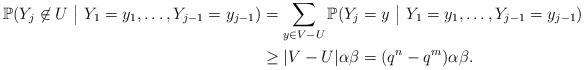
LaTeX: \begin{align*}\mathbb{P}(Y_j \not\in U \ \big| \ Y_1 = y_1, \dots ,Y_{j-1} = y_{j-1} ) &= \sum_{y \in V-U}\mathbb{P}(Y_j = y \ \big| \ Y_1 = y_1, \dots ,Y_{j-1} = y_{j-1})\\ &\ge |V-U|\alpha \beta= (q^n - q^m)\alpha \beta.\end{align*}